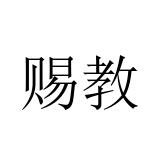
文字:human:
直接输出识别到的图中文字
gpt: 赐教